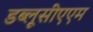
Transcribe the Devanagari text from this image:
डब्लूसीएएम